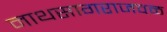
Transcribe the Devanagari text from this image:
नाथसागराजवळ